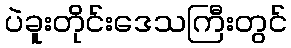
ပဲခူးတိုင်းဒေသကြီးတွင်